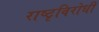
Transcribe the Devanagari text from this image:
राष्टृविरोधी